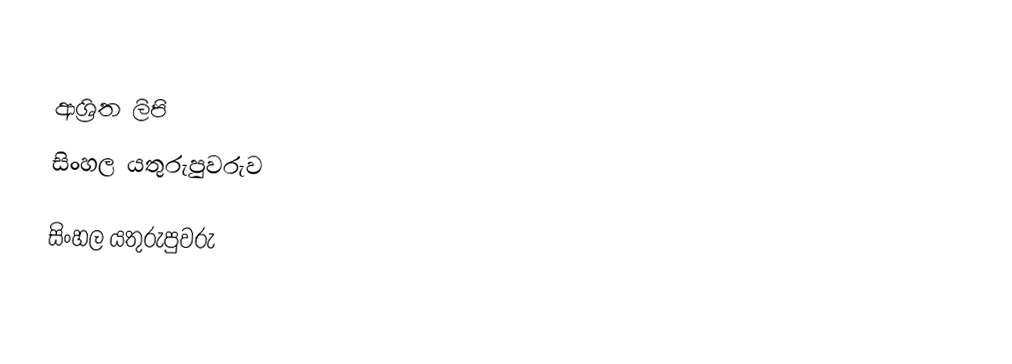

ආශ්‍රිත ලිපි
 සිංහල යතුරුපුවරුව

සිංහල යතුරුපුවරු